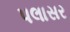
પલાસર